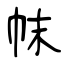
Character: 帓